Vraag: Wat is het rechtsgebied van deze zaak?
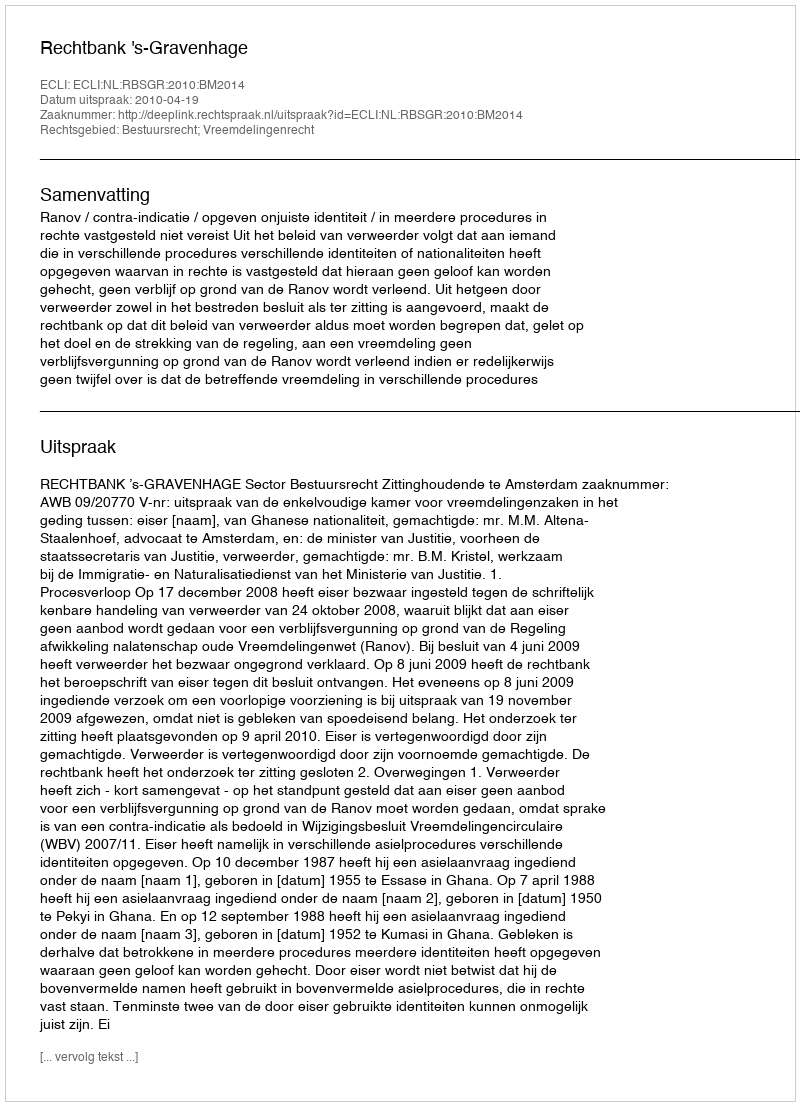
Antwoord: Bestuursrecht; Vreemdelingenrecht